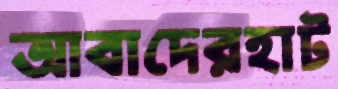
আবাদেরহাট